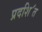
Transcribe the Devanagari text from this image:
प्रदशि॔त